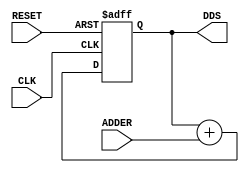
// This program was cloned from: https://github.com/Lena-2023/15-05-2024
// License: MIT License

module DDS( 
input wire CLK,
input wire RESET,
input wire [31:0] ADDER,
output reg [31:0]  DDS 
);

always@(posedge CLK or posedge RESET)

begin
  if(RESET)
   DDS <= 0;
    else
   DDS <= DDS + ADDER;
 end


endmodule